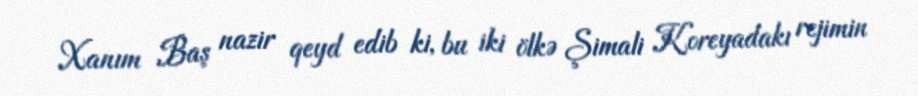
Xanım Baş nazir qeyd edib ki, bu iki ölkə Şimali Koreyadakı rejimin